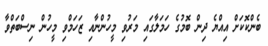
ބެންކޮކަށް އިއްޔެ ދިން ބޮމުގެ ހަަމަލާގައި މަރުވި މީހުންނާއި ޒަހަމްވި މީހުން ނިސްބަތްވާ